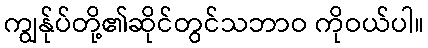
ကျွန်ုပ်တို့၏ဆိုင်တွင်သဘာဝ ကိုဝယ်ပါ။